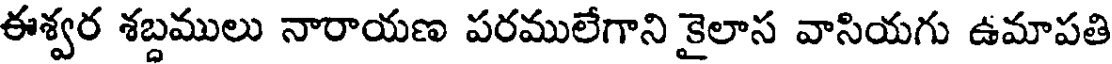
ఈశ్వర శబ్దములు నారాయణ పరములేగాని కైలాస వాసియగు ఉమాపతి